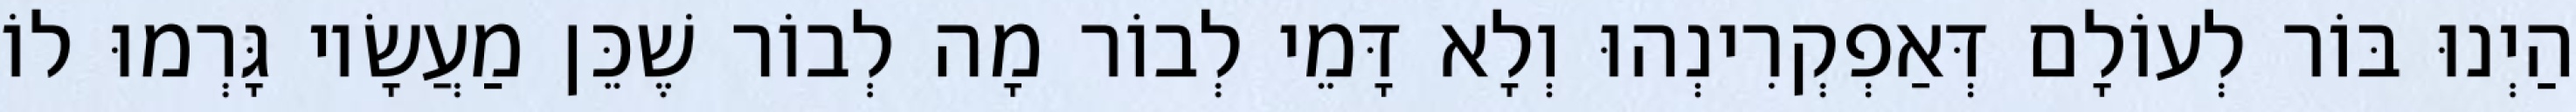
הַיְנוּ בּוֹר לְעוֹלָם דְּאַפְקְרִינְהוּ וְלָא דָּמֵי לְבוֹר מָה לְבוֹר שֶׁכֵּן מַעֲשָׂיו גָּרְמוּ לוֹ